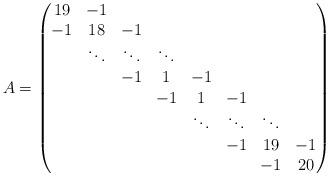
LaTeX: \begin{align*}A = \begin{pmatrix} 19& -1 \\ -1& 18 &-1 \\\quad& \ddots &\ddots & \ddots \\ \quad&\quad&-1&1&-1 \\ \quad&\quad&\quad&-1&1&-1 \\ \quad&\quad&\quad&\quad&\ddots &\ddots & \ddots \\ \quad&\quad&\quad&\quad&\quad&-1& 19 &-1 \\ \quad&\quad&\quad&\quad&\quad&\quad&-1&20\end{pmatrix}\end{align*}